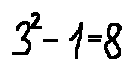
3 ^ { 2 } - 1 = 8